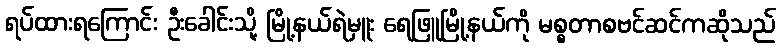
ရပ်ထားရကြောင်း ဦးခေါင်းသို့ မြို့နယ်ရဲမှူး ရေဖြူမြို့နယ်ကို မစ္စတာစဗင်ဆင်ကဆိုသည်